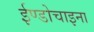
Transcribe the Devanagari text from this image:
ईण्डोचाइना